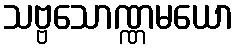
သဗ္ဗသောဏ္ဏမယော